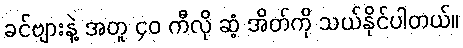
ခင်ဗျားနဲ့ အတူ ၄၀ ကီလို ဆံ့ အိတ်ကို သယ်နိုင်ပါတယ်။